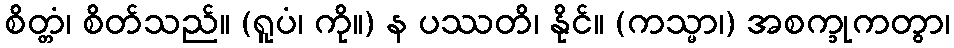
စိတ္တံ၊ စိတ်သည်။ (ရူပံ၊ ကို။) န ပဿတိ၊ နိုင်။ (ကသ္မာ၊) အစက္ခုကတွာ၊